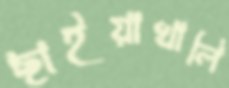
ছাইয়াখালি